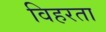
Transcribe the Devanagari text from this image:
विहरता